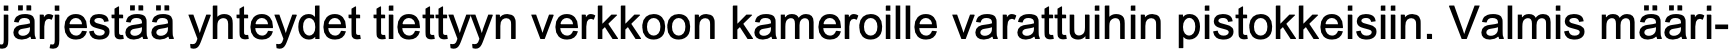
järjestää yhteydet tiettyyn verkkoon kameroille varattuihin pistokkeisiin. Valmis määri-